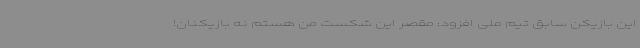
این بازیکن سابق تیم ملی افزود: مقصر این شکست من هستم نه بازیکنان!